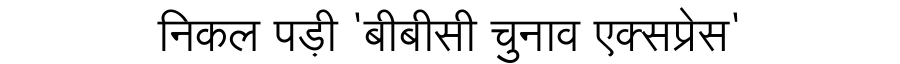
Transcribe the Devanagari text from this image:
निकल पड़ी 'बीबीसी चुनाव एक्सप्रेस'